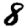
Digit: 8